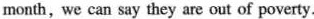
month,we can say they are out of poverty.